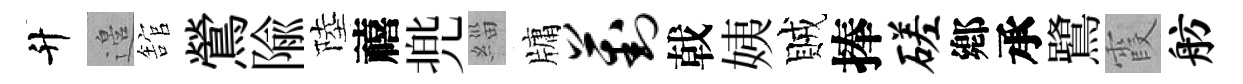
升邉舘鶯隃陸禧兠緇牗葑戟姨賊捧磋鄕承鷺霞舫